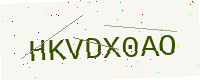
Text: HKVDX0AO